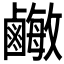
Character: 𪉾